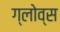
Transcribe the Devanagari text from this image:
ग्लोव्स